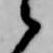
之